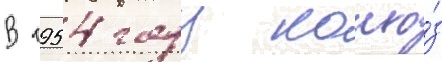
В 1954 году колхо́з